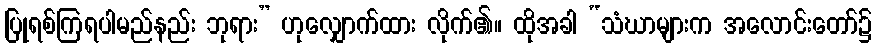
ပြုရစ်ကြရပါမည်နည်း ဘုရား” ဟုလျှောက်ထား လိုက်၏။ ထိုအခါ “သံဃာများက အလောင်းတော်၌